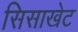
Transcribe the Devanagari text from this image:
सिसाखेट